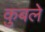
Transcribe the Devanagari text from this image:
कुबले